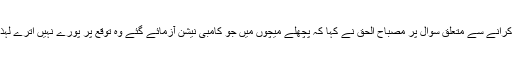
یونس خان سے اوپننگ اور عمراکمل سے وکٹ کیپنگ کرانے سے متعلق سوال پر مصباح الحق نے کہا کہ پچھلے میچوں میں جو کامبی نیشن آزمائے گئے وہ توقع پر پورے نہیں اترے لہٰذا اس میچ میں ان دونوں کھلاڑیوں کو یہ رول دیے گئے۔